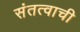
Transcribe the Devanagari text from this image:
संतत्वाची